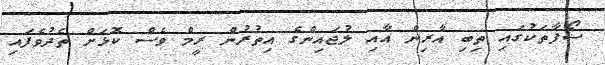
ސޯފާތަކުގައި ތިބި އާރިން އާއި ލުޖައިންގެ އިތުރުން ރީމް ވެސް ކޮޅަށް ތެދުވެފައި